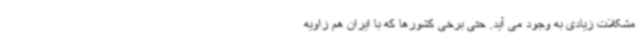
مشکلات زیادی به وجود می آید. حتی برخی کشورها که با ایران هم زاویه